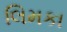
લિમકા